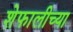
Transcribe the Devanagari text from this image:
शेफालीच्या